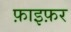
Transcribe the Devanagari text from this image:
फ़ाइफ़र